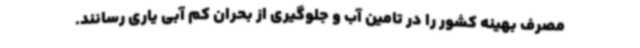
مصرف بهینه کشور را در تامین آب و جلوگیری از بحران کم آبی یاری رسانند.